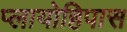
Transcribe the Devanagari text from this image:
प्लायोहिपास